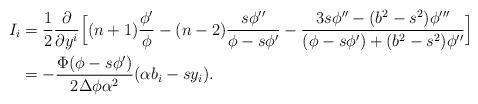
LaTeX: \begin{align*} I_i&=\frac{1}{2}\frac{\partial }{\partial y^i}\Big[(n+1)\frac{\phi'}{\phi}-(n-2)\frac{s\phi''}{\phi-s\phi'}-\frac{3s\phi''-(b^2-s^2)\phi'''}{(\phi-s\phi')+(b^2-s^2)\phi''}\Big]\\&=-\frac{\Phi(\phi- s\phi')}{2\Delta \phi \alpha^2}(\alpha b_i-sy_i).\end{align*}